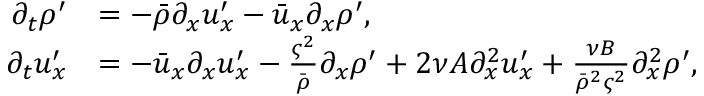
\begin{array} { r l } { \partial _ { t } \rho ^ { \prime } } & { = - \bar { \rho } \partial _ { x } u _ { x } ^ { \prime } - \bar { u } _ { x } \partial _ { x } \rho ^ { \prime } , } \\ { \partial _ { t } u _ { x } ^ { \prime } } & { = - \bar { u } _ { x } \partial _ { x } u _ { x } ^ { \prime } - \frac { \varsigma ^ { 2 } } { \bar { \rho } } \partial _ { x } \rho ^ { \prime } + 2 \nu A \partial _ { x } ^ { 2 } u _ { x } ^ { \prime } + \frac { \nu B } { \bar { \rho } ^ { 2 } \varsigma ^ { 2 } } \partial _ { x } ^ { 2 } \rho ^ { \prime } , } \end{array}